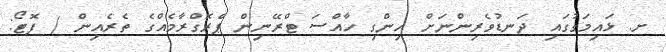
ށ. ޅައިމަގުގައި ދަނޑުވެރިންނަށް ހިންގި ހާއްސަ ޓްރޭނިން ޕްރޮގްރާމެއްގެ ތެރެއިން / ފޮޓޯ: